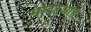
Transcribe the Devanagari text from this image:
मंदिरआहे